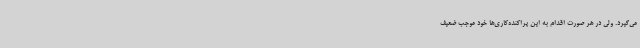
می‌گیرد. ولی در هر صورت اقدام به این پراکنده‌کاری‌ها خود موجب ضعیف